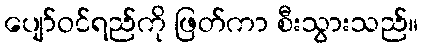
ပျော်ဝင်ရည်ကို ဖြတ်ကာ စီးသွားသည်။